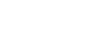
ရဲတပ်ဖွဲ့သို့